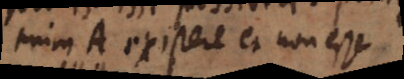
enim A existere et non esse